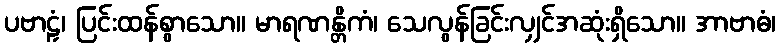
ပဗာဠှံ၊ ပြင်းထန်စွာသော။ မာရဏန္တိကံ၊ သေလွန်ခြင်းလျှင်အဆုံးရှိသော။ အာဗာဓံ၊